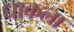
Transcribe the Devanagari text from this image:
धाकला